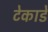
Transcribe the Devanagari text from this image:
टेकाडे